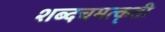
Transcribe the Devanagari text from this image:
शब्दचमत्कृती